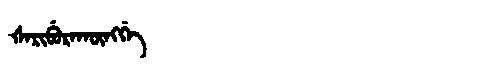
Manchu: ᡧᠠᡵᡳᠪᡠᡵᠠᡴᡡᠩᡤᡝ
Romanization: ŠARIBURAKŪNGGE